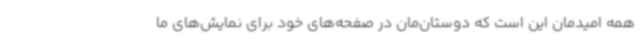
همه امیدمان این است که دوستان‌مان در صفحه‌های خود برای نمایش‌های ما